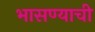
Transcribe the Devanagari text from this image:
भासण्याची